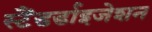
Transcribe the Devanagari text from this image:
स्टैंडर्डाइजेशन